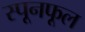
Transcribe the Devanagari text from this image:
स्पूनफूल